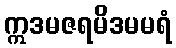
ဣဒမဇရမိဒမမရံ